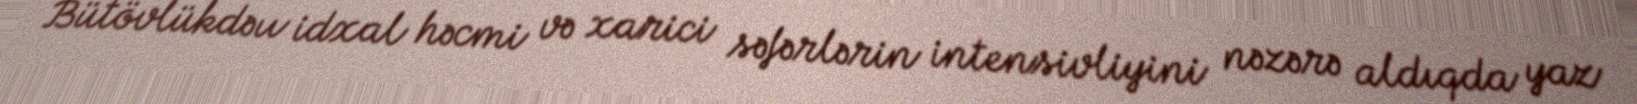
Bütövlükdəıı idxal həcmi və xarici səfərlərin intensivliyini nəzərə aldıqda yaz